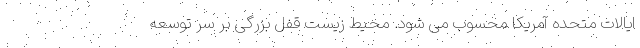
ایالات متحده آمریکا محسوب می شود. محیط زیست قفل بزرگی بر سر توسعه